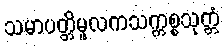
သမာပတ္တိမူလကသက္ကစ္စသုတ္တံ